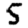
Digit: 5